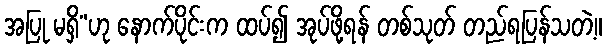
အပြု မရှိ”ဟု နောက်ပိုင်းက ထပ်၍ အုပ်ဖို့ရန် တစ်သုတ် တည်ရပြန်သတဲ့။